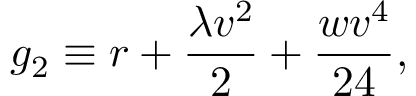
g _ { 2 } \equiv r + \frac { \lambda v ^ { 2 } } { 2 } + \frac { w v ^ { 4 } } { 2 4 } ,